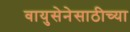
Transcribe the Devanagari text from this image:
वायुसेनेसाठीच्या